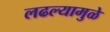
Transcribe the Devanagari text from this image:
लढल्यामुळे